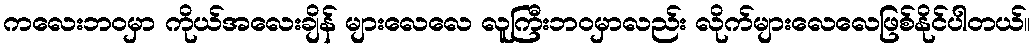
ကလေးဘဝမှာ ကိုယ်အလေးချိန် များလေလေ လူကြီးဘဝမှာလည်း လိုက်များလေလေဖြစ်နိုင်ပါတယ်။